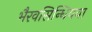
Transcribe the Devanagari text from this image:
भैरवसिन्धियया